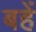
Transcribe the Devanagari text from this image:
बहें